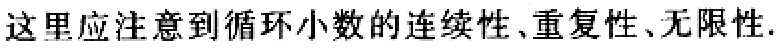
这里应注意到循环小数的连续性、重复性、无限性.